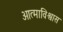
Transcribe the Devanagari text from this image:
आत्माविश्वास